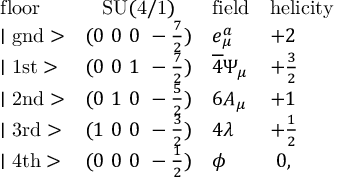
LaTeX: \begin{array} { l c l l } { { \mathrm { f l o o r } } } & { { \mathrm { S U ( 4 / 1 ) } } } & { { \mathrm { f i e l d } } } & { { \mathrm { h e l i c i t y } } } \\ { { \mid \mathrm { g n d } > } } & { { ( 0 ~ 0 ~ 0 ~ - \frac { 7 } { 2 } ) } } & { { e _ { \mu } ^ { a } } } & { { + 2 } } \\ { { \mid \mathrm { 1 s t } > } } & { { ( 0 ~ 0 ~ 1 ~ - \frac { 7 } { 2 } ) } } & { { \overline { { 4 } } \Psi _ { \mu } } } & { { + \frac { 3 } { 2 } } } \\ { { \mid \mathrm { 2 n d } > } } & { { ( 0 ~ 1 ~ 0 ~ - \frac { 5 } { 2 } ) } } & { { 6 A _ { \mu } } } & { { + 1 } } \\ { { \mid \mathrm { 3 r d } > } } & { { ( 1 ~ 0 ~ 0 ~ - \frac { 3 } { 2 } ) } } & { { 4 \lambda } } & { { + \frac { 1 } { 2 } } } \\ { { \mid \mathrm { 4 t h } > } } & { { ( 0 ~ 0 ~ 0 ~ - \frac { 1 } { 2 } ) } } & { { \phi } } & { { ~ 0 , } } \end{array}